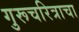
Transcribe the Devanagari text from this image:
गुरूचरित्राचा